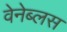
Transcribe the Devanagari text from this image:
वेनेब्लस